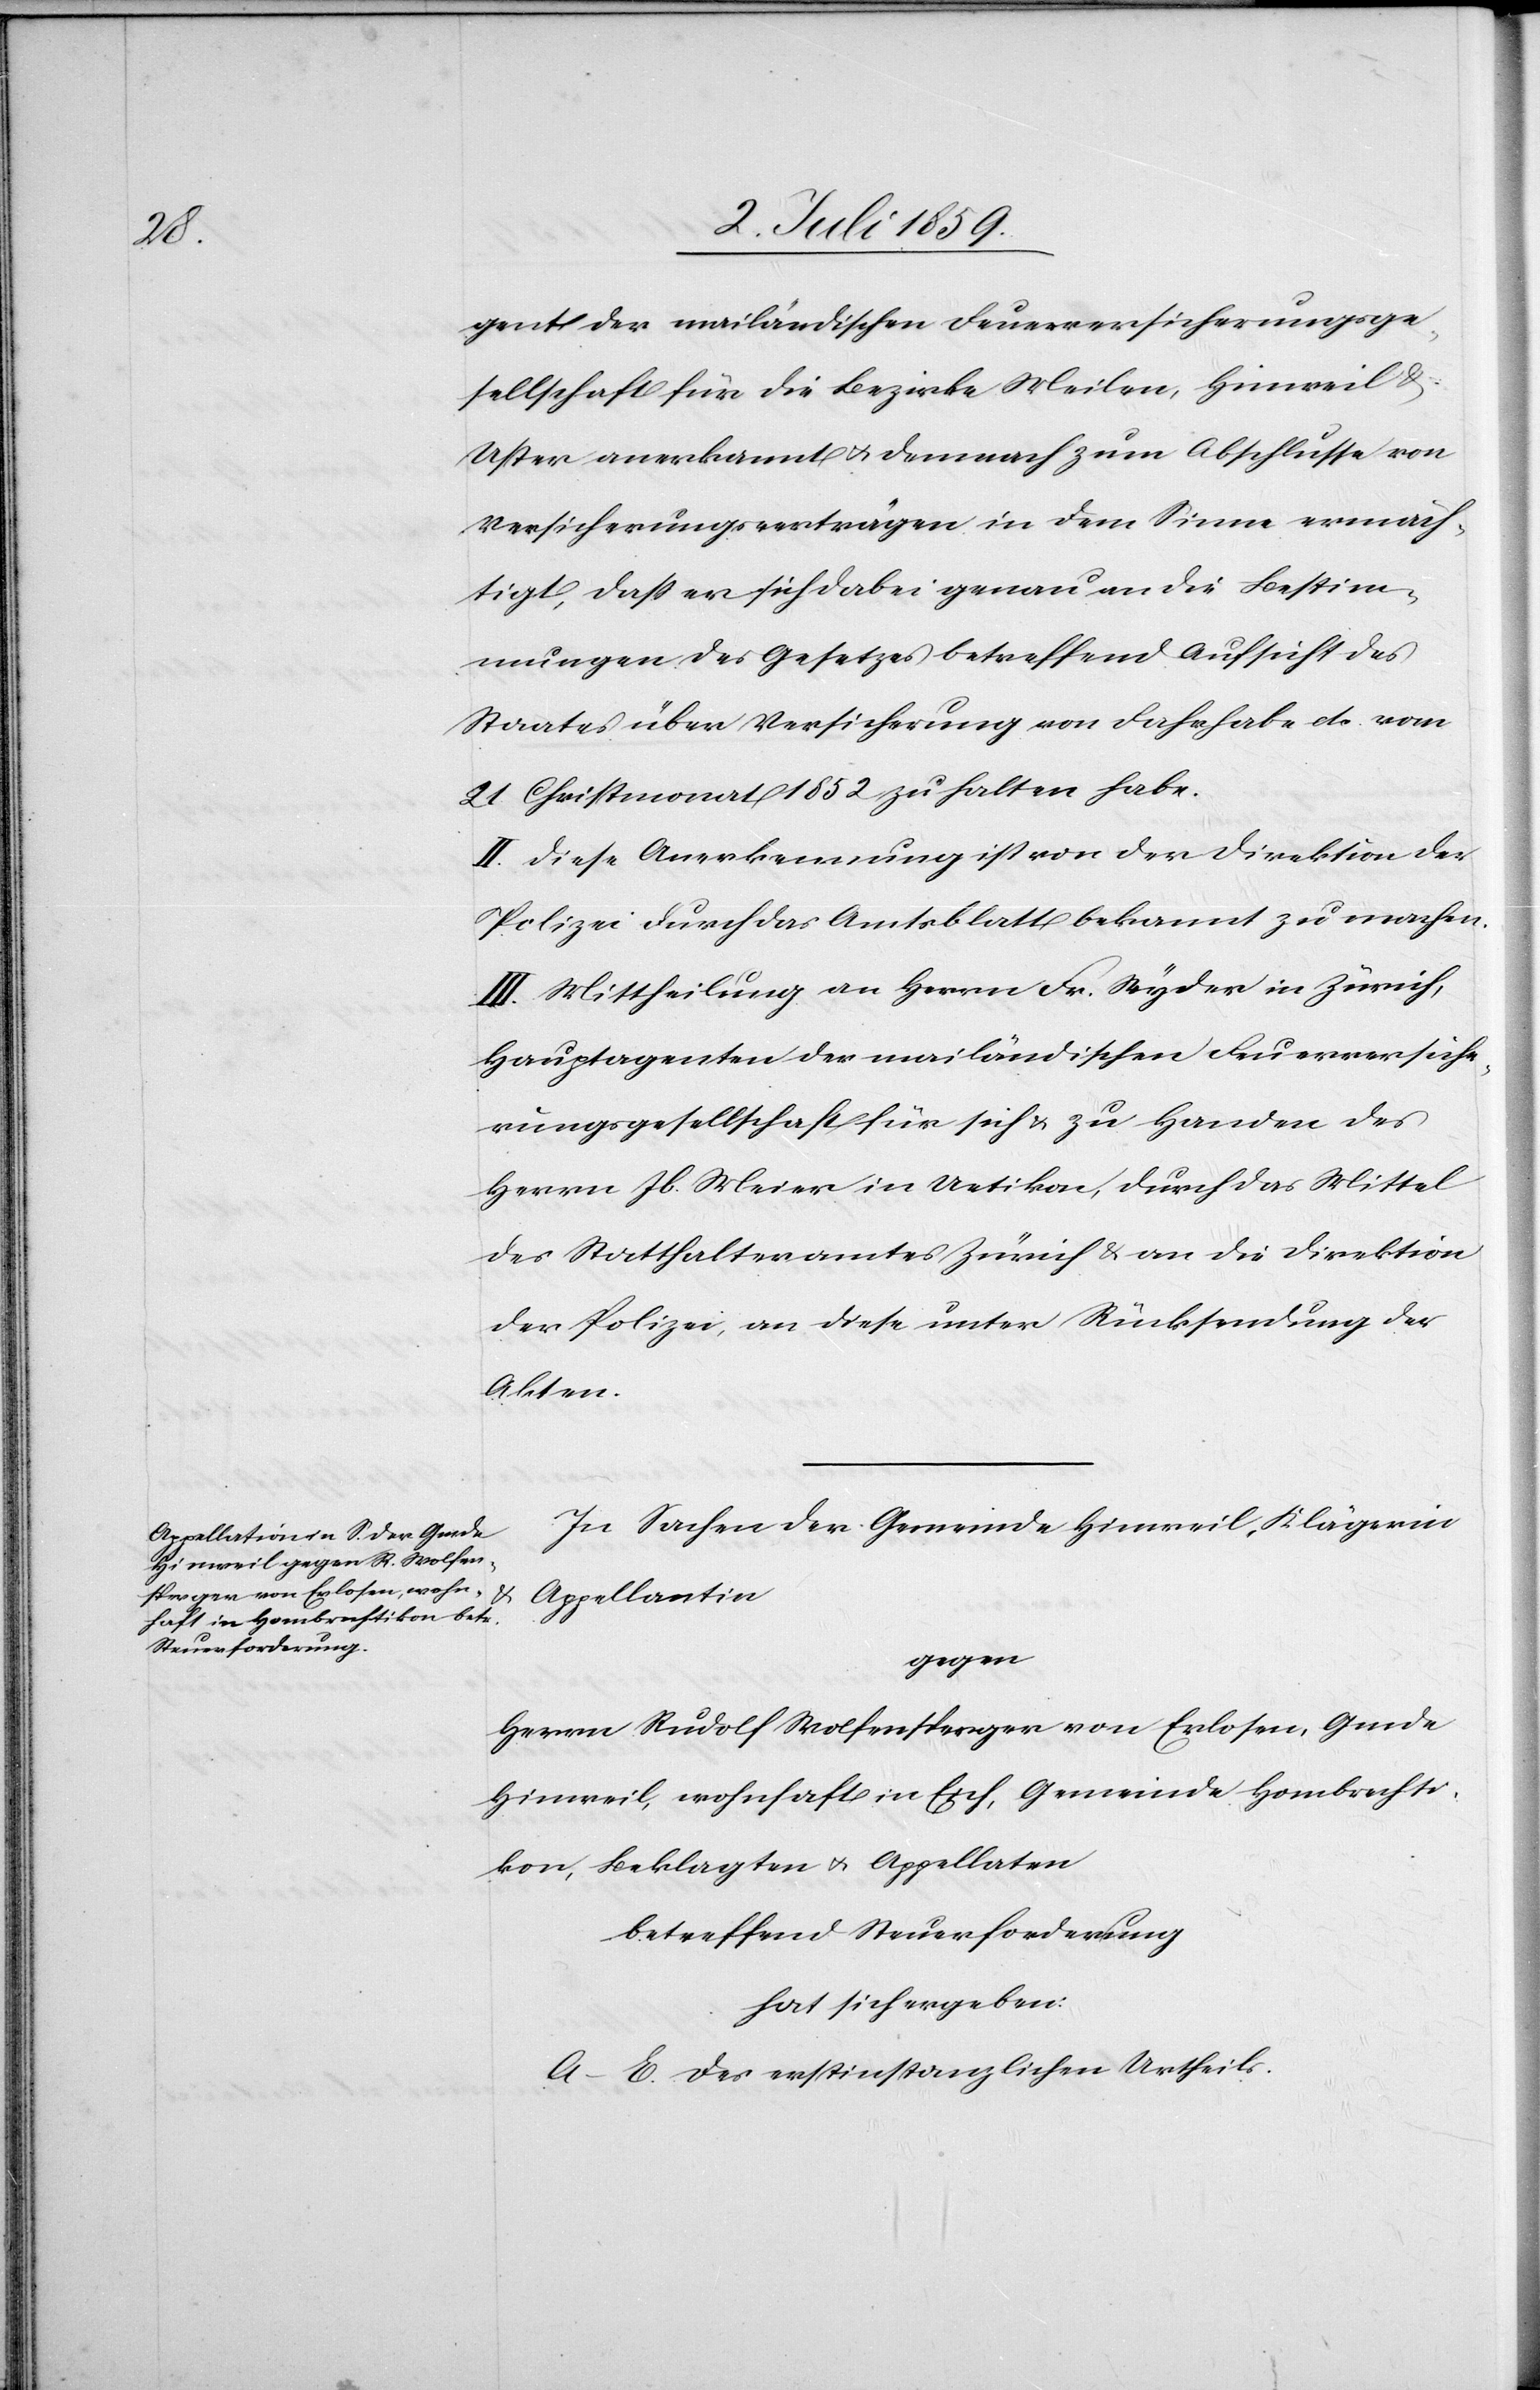
gent der mailändischen Feuerversicherungsge¬
sellschaft für die Bezirke Meilen, Hinweil &
Uster anerkannt u. demnach zum Abschlusse von
Versicherungsverträgen in dem Sinne ermäch¬
tigt, daß er sich dabei genau an die Bestim¬
mungen des Gesetzes betreffend Aufsicht des
Staates über Versicherung von Fahrhabe etc. vom
21. Christmonat 1852 zu halten habe.
II. Diese Anerkennung ist von der Direktion der
Polizei durch das Amtsblatt bekannt zu machen.
III. Mittheilung an Herrn Fr. Wyder in Zürich,
Hauptagenten der mailändischen Feuerversiche¬
rungsgesellschaft für sich u. zu Handen des
Herrn Jb. Meier in Uetikon, durch das Mittel
des Statthalteramtes Zürich u. an die Direktion
der Polizei, an diese unter Rücksendung der
Akten.*
In Sachen der Gemeinde Hinweil, Klägerin
u.
Appellantin
gegen
Herrn Rudolf Wolfensperger von Erlosen, Gmde
Hinweil, wohnhaft in Eich, Gemeinde Hombrechti¬
kon, Beklagten u. Appellaten
betreffend Steuerforderung
hat sich ergeben:
A–E. des erstinstanzlichen Urtheils.